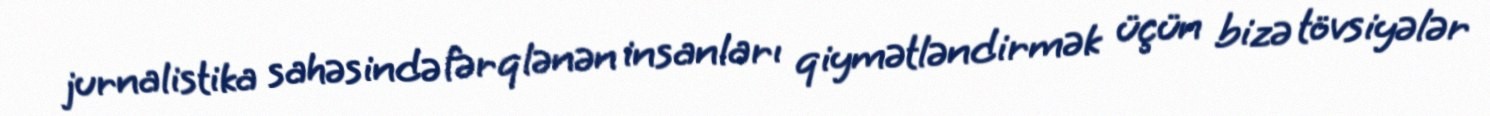
jurnalistika sahəsində fərqlənən insanları qiymətləndirmək üçün bizə tövsiyələr